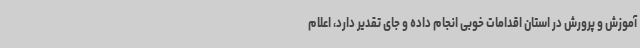
آموزش و پرورش در استان اقدامات خوبی انجام داده و جای تقدیر دارد، اعلام